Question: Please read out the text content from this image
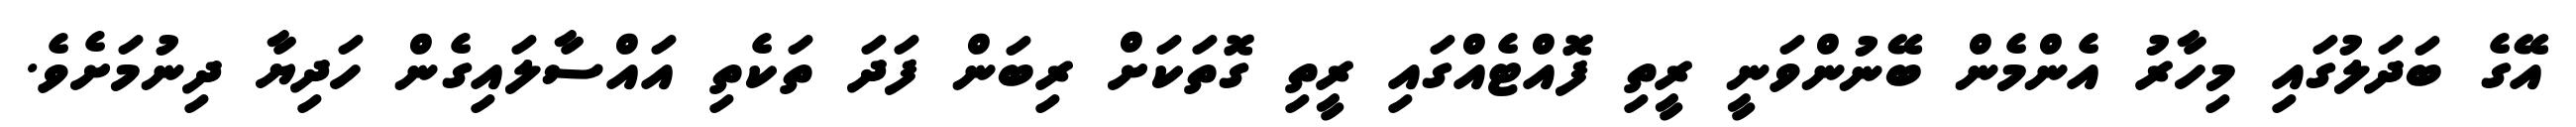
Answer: އޭގެ ބަދަލުގައި މިހާރު އެންމެން ބޭނުންވަނީ ރީތި ފޮއްޓެއްގައި ރީތި ގޮތަކަށް ރިބަން ފަދަ ތަކެތި އައްސާލައިގެން ހަދިޔާ ދިނުމަށެވެ.